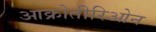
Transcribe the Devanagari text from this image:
आक्रोतीरिओन